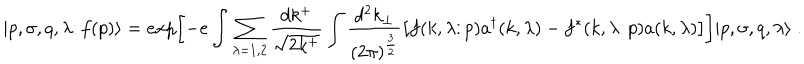
LaTeX: \vert p , \sigma , q , \lambda \colon f ( p ) \rangle = e x p \biggl [ - e \int \sum _ { \lambda = 1 , 2 } { \frac { d k ^ { + } } { \sqrt { 2 k ^ { + } } } } \int { \frac { d ^ { 2 } k _ { \perp } } { ( 2 \pi ) ^ { \frac { 3 } { 2 } } } } \bigl [ f ( k , \lambda \colon p ) a ^ { \dagger } ( k , \lambda ) - f ^ { * } ( k , \lambda \colon p ) a ( k , \lambda ) \bigr ] \biggr ] \vert p , \sigma , q , \lambda \rangle \; .